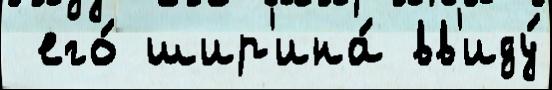
 его́ шир'ина́ вв'иду́